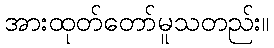
အားထုတ်တော်မူသတည်း။